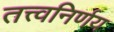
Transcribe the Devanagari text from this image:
तत्त्वनिर्णय